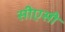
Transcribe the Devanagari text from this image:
सीएसी